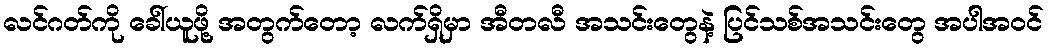
လင်ဂတ်ကို ခေါ်ယူဖို့ အတွက်တော့ လက်ရှိမှာ အီတလီ အသင်းတွေနဲ့ ပြင်သစ်အသင်းတွေ အပါအဝင်